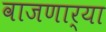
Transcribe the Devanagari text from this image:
वाजणार्‍या